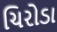
ચિરોડા